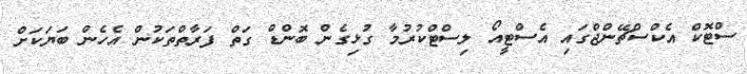
ސްޓޮކް އެކްސްޗޭންޖްގައި އެސްޓީއޯ ލިސްޓްކުރުމާ ގުޅިގެން ބޮންޑް ގަތް ފަރާތްތަކުން އެހެން ބަޔަކަށް